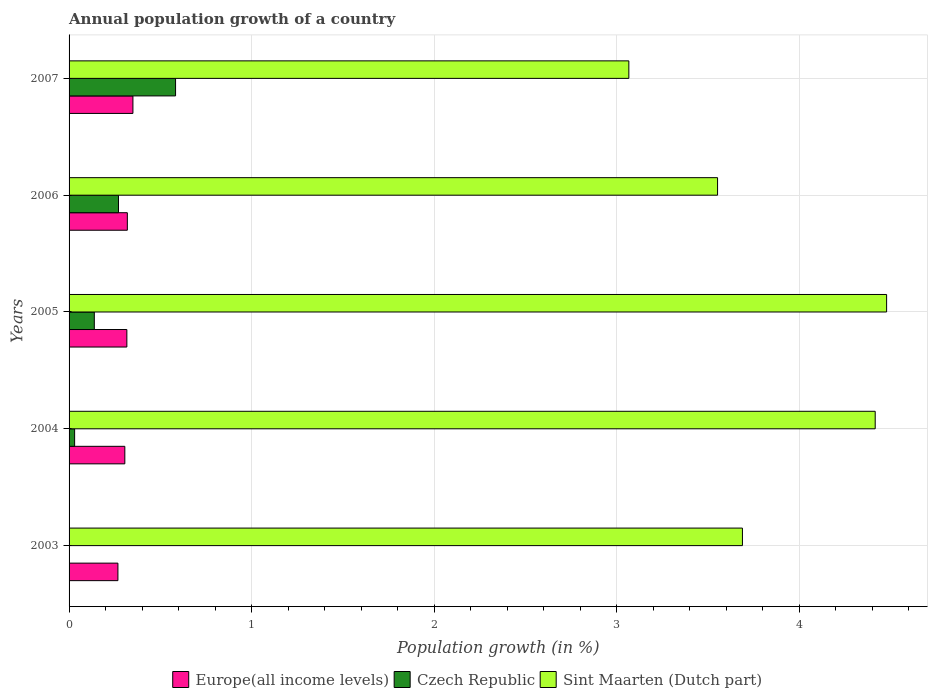
| Years | Europe(all income levels) | Czech Republic | Sint Maarten (Dutch part) |
 | --- | --- | --- | --- |
 | 2003 | 0.268 | -0.0286 | 3.69 |
 | 2004 | 0.305 | 0.0304 | 4.42 |
 | 2005 | 0.317 | 0.138 | 4.48 |
 | 2006 | 0.319 | 0.271 | 3.55 |
 | 2007 | 0.35 | 0.584 | 3.07 |